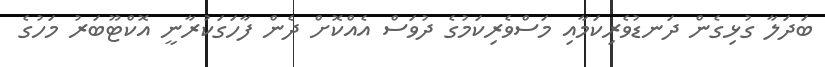
ބަދަލާ ގުޅިގެން ދަނޑުވެރިކަމާއި މަސްވެރިކަމުގެ ދުވަސް އެއްކޮށް ދެން ފާހަގަކުރާނީ އޮކްޓޫބަރު މަހުގެ